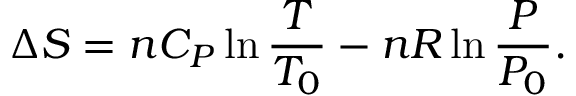
\Delta S = n C _ { P } \ln { \frac { T } { T _ { 0 } } } - n R \ln { \frac { P } { P _ { 0 } } } .